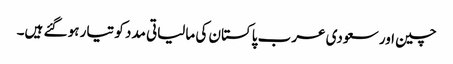
چین اور سعودی عرب پاکستان کی مالیاتی مدد کو تیار ہو گئے ہیں۔